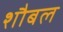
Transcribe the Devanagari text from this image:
शौबल